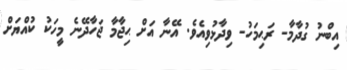
އިބްނު ގުދާމާ- ރަޙިމަހު- ވިދާޅުވިއެވެ. އޭނާ އަށް ޙިޖާމާ ޖަހާދޭނެ މީހަކު ކުއްޔަށް